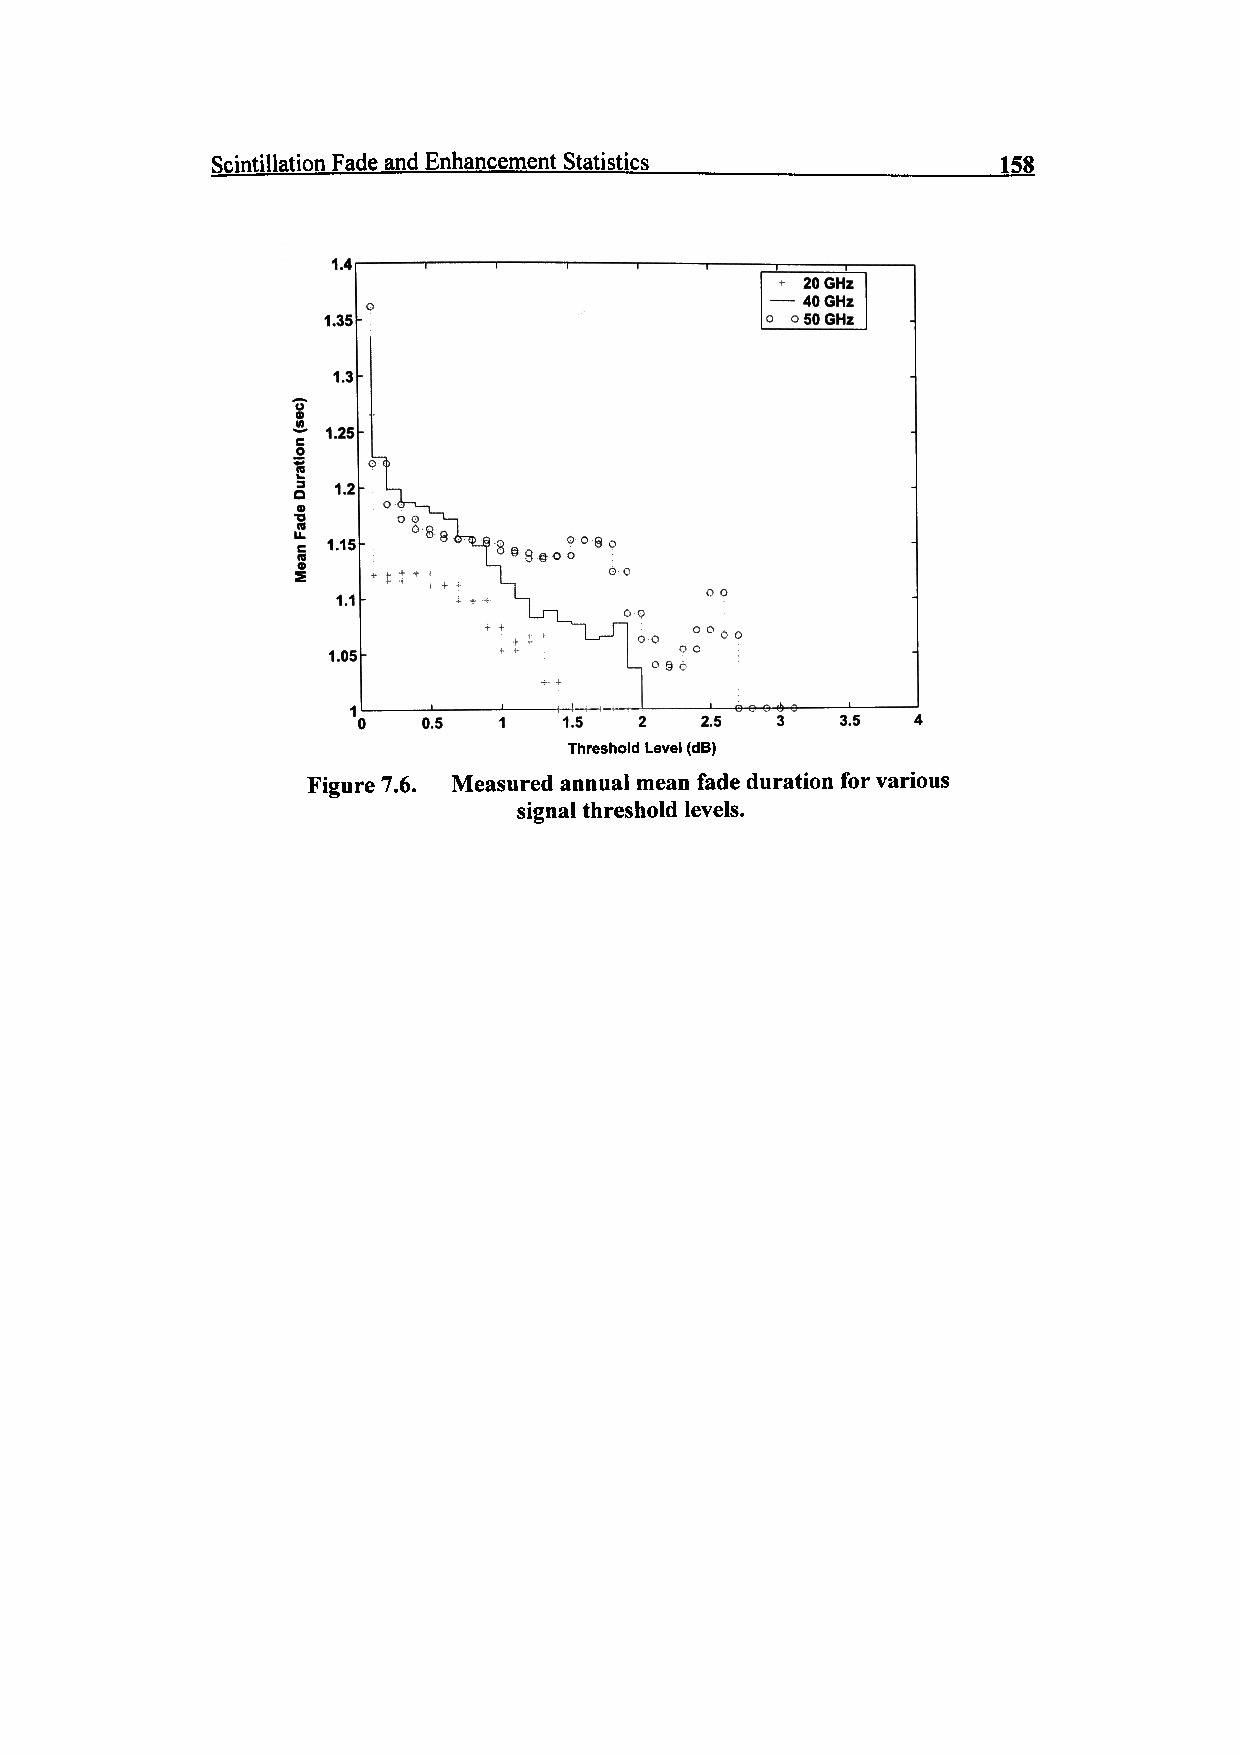
Scintillation Fade and Enhancement Statistics       158
 1.4
 1.35
 1.3
 1.2
 1.15
 1.1
 1.05
 0.5  1   1.5  2   2.5  3    3.5
 Threshold Level (dB)
 Figure 7.6. Measured annual mean fade duration for various
 signal threshold levels.